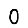
Digit: 0